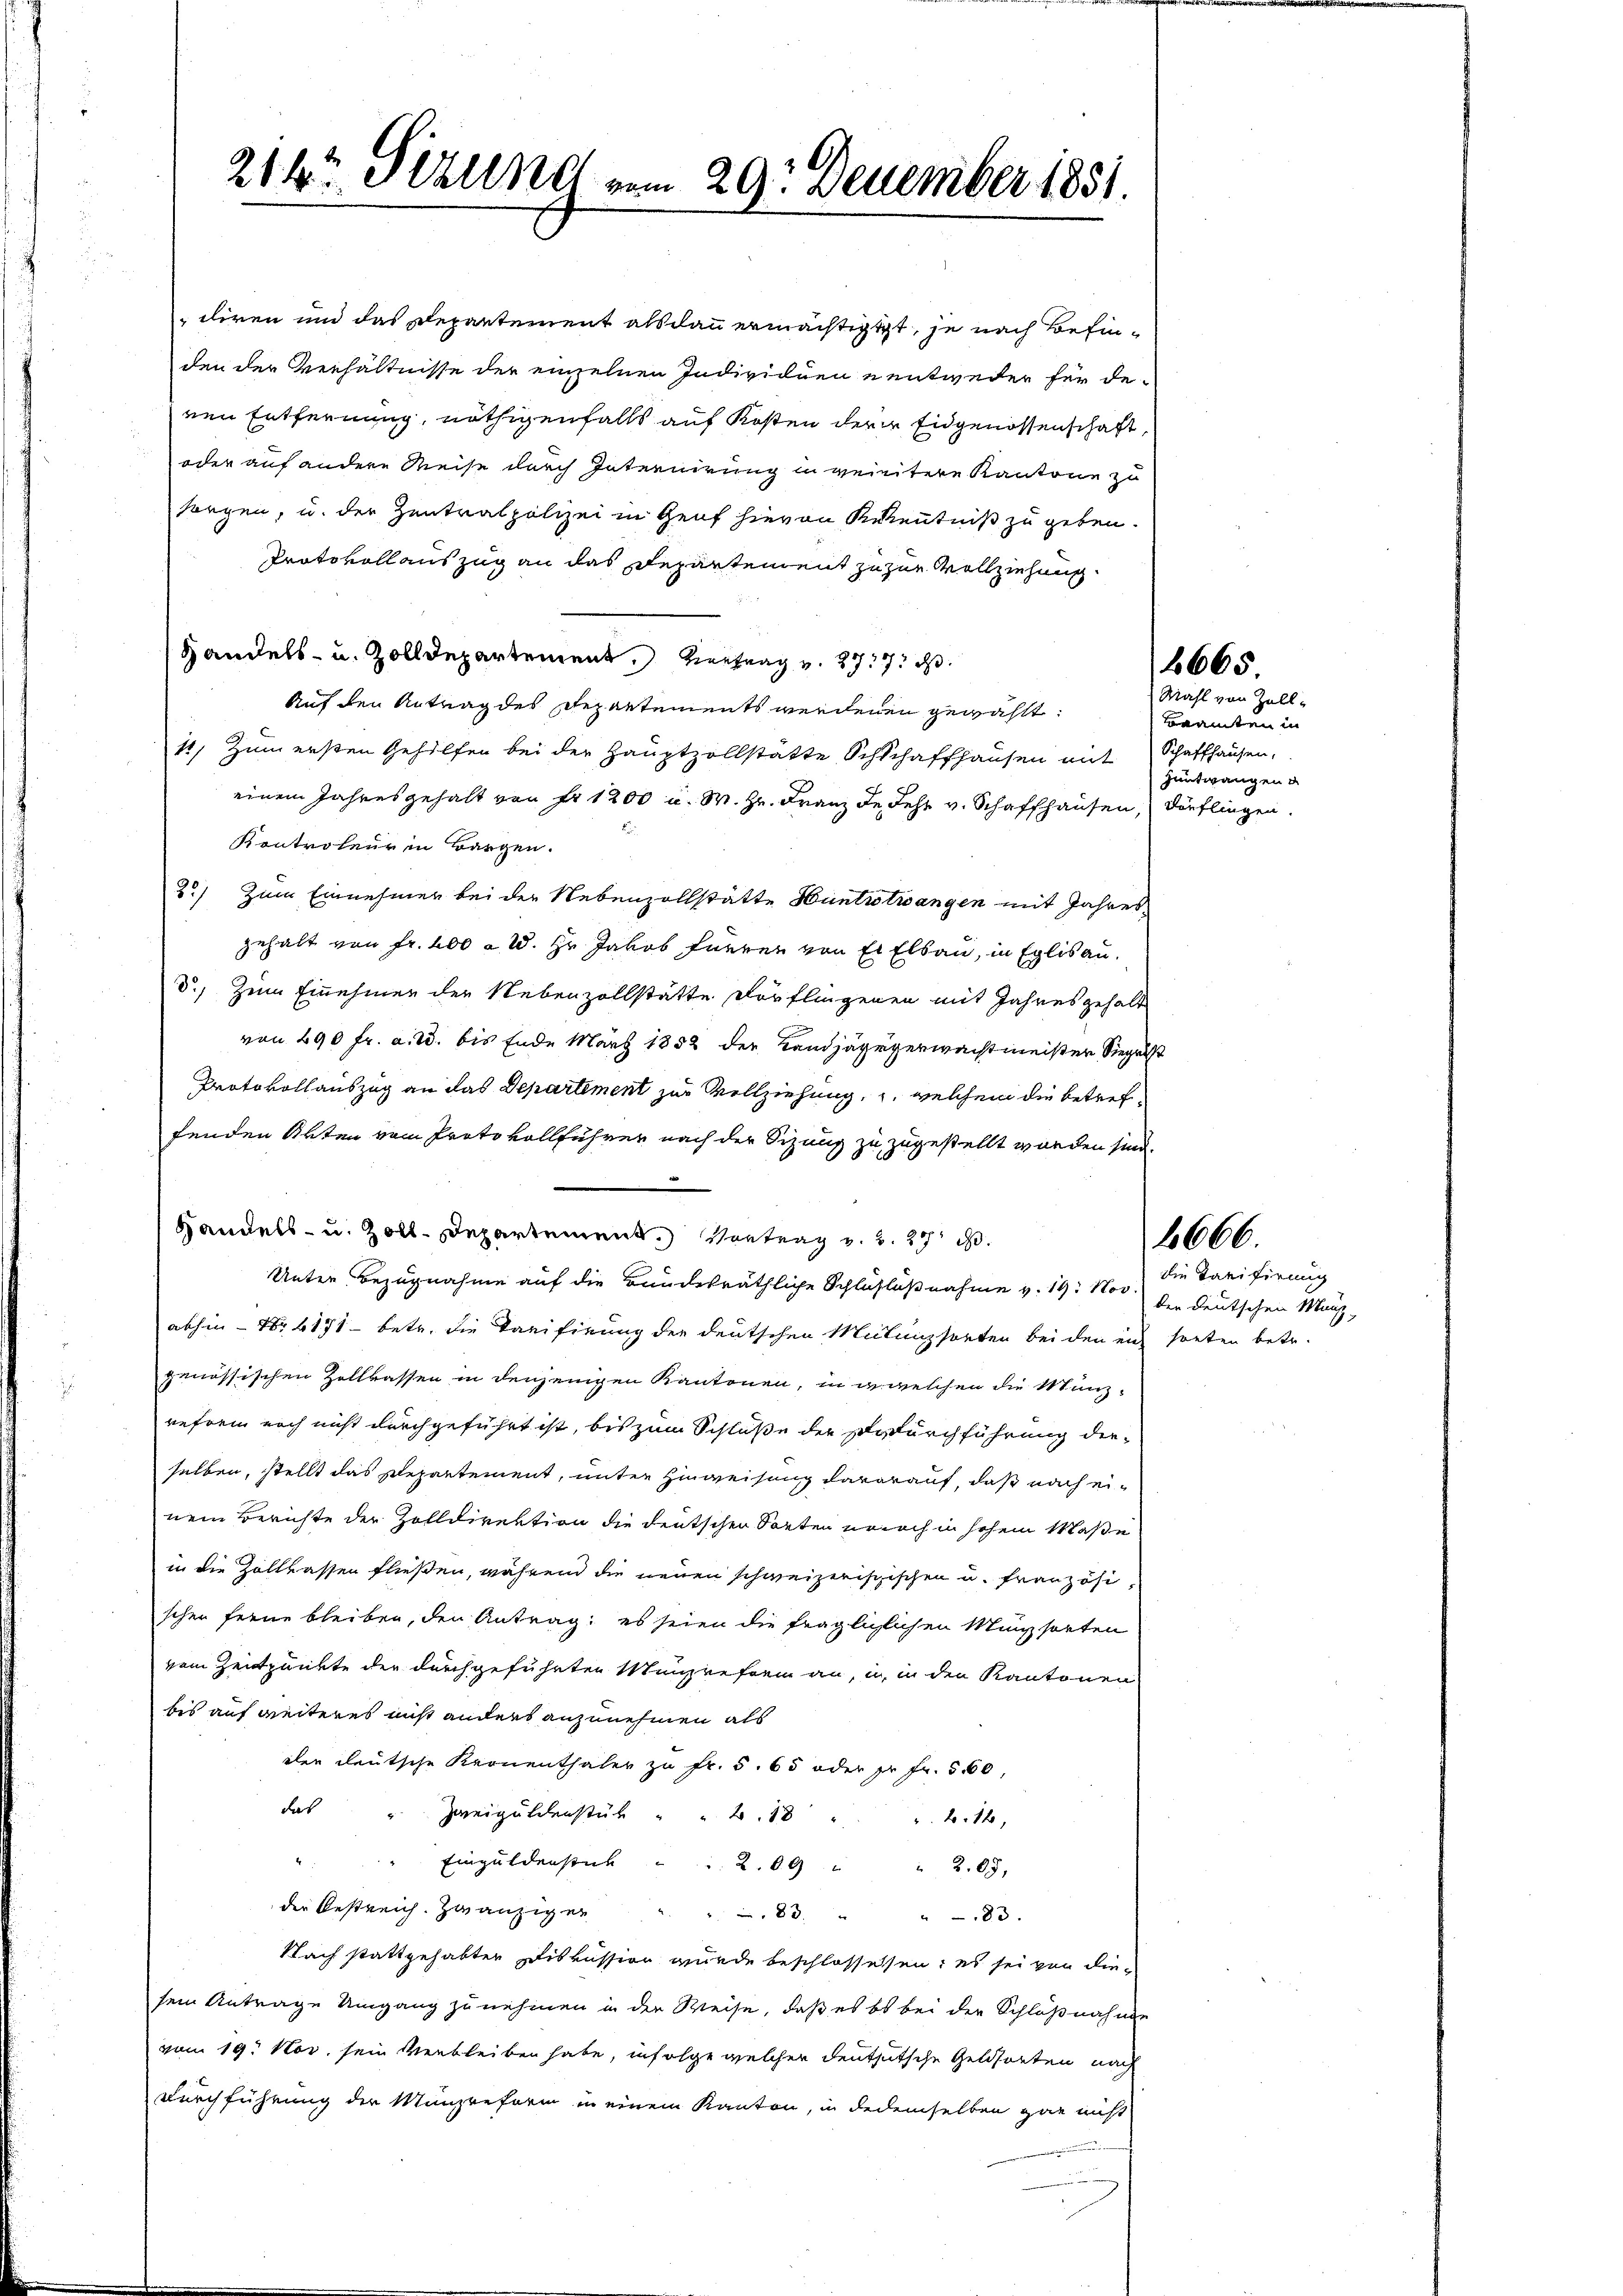
214t Sizung vom 29. Dezember 1851.

diren und das Departement alsdann ermächtigtet, je nach Befinden der Verhältnisse der einzelnen Individuen entweder für de
nen Entfernung, nöthigenfalls auf Kosten derer Eidgenossenschaft,
oder auf andere Reise durch Internirung in vereitere Kantone zu
sorgen, u. der Zentralpolizei in Genf hievon Kenntniß zu geben.
Protokollauszug an das Departement zu zur Vollziehung.

Handels- u. Zolldepartement. Vertrag v. 277 d
Auf den Antrag des Departements werdenen gewählt:
11, Zum ersten Gehilfen bei der Hauptzollstätte Schschaffhausen mit Schaffhausen,
einem Jahres gehalt von Fr. 1200 u. M. Hr. Franz de sehr v. Schaffhausen, Dörflingen.
Kontroleur in Bargen.
2) Zum Einnehmen bei der Nebenzollstätte Huntrotwangen mit Jahres
gehalt von Fr. 200 à 2. Hr. Jakob Furren von Er Elsau, in Eglisau.
d.) Zum Einehmen der Nebenzollstätte Dorflingenen mit Jahresgehalt
von 290 fr. a. u. bis Ende März 1852 der Landjägeverwachtmeister Siegelst
Protokollauszug an das Departement zur Vollziehung, u. welchem die betreffenden Akten vom Protokollführer nach der Sizung zu zugestellt worden sind.
Handels- u. Zoll. Departement. Vortrag v. 3. 29 d
Unter Bezugnahme auf die Bauderäthliche Schluflußnahme v. 19. Nov. der deutschen Manz,
abhin – Nr 1171 betr. die Tarifirung der deutschen Milanzsorten bei den eich sonten betr.
genössischen Zollkassen in denjenigen Kantonen, in u welchen die Münz-
reform noch nicht durchgeführt ist, bis zum Schlüße der Dadurchführung die-
selben, stellt das Repartement, unter Hinweisung davorauf, daß nach einem Berichte der Zolldirektion die deutschen Sorten unnach in hohem Maße
in die Zollkassen fließen, während die neuen schweizerischischen u. französischer ferne bleiben, den Antrag es seien die fraglichlichen Münzsorten
vom Zeitpunkte der durchgeführten Münzreform an, u. in den Kantonen
bis auf weiteres nicht anders anzunehmen als
der deutsche Kronenthaler zu Fr. 5. 65 oder pr. Fr. 560,
da " Zweiguldenstük " " 2. 18 " " 214,
" Einpuldenstück . . 2. 09 " " 205,
der Bestreich. Zwanziger
e
83. " " 83.
Nach stattgehabter Diskussion wurde beschlossessen; es sei von diesem Antrage Umgang zu nehmen in der Weise, daß es es bei der Schlußnahme
vom 19. Nov. sein verbleiben habe, infolge welcher deutsutsche Geldsorten nach
Durchführung der Münzreform in einem Kanton, in dedemselben gar nicht

6665.

Mahl von Zell-
Beamten in
Hüntwangen

666.

die Tarifirung